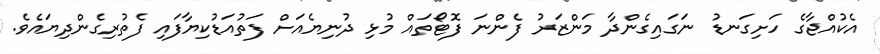
އެކުއްޖާގެ ހަށިގަނޑު ނަގައިގެންދާ މަންޒަރު ފެންނަ ފޮޓޯތައް މުޅި ދުނިޔެއަށް ފަތުއަޑުކިޔާފައި ފެތުރިގެންދިޔައެވެ.